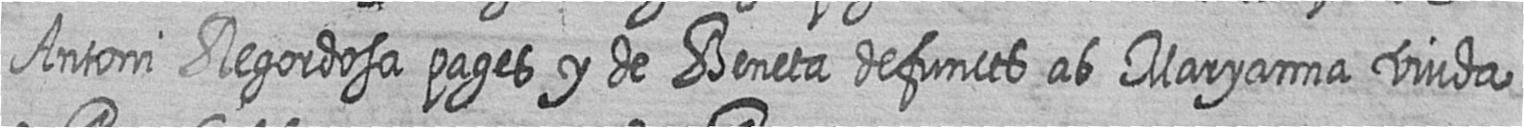
Antoni Regordosa pages y de Beneta defuncts ab Maryanna viuda